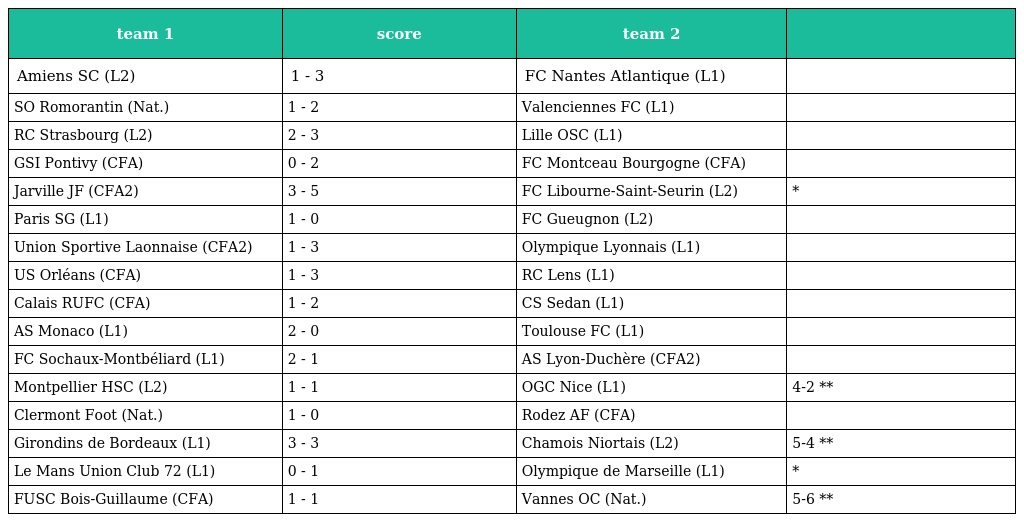
| team 1 | score | team 2 |  |
 | --- | --- | --- | --- |
 | Amiens SC (L2) | 1 - 3 | FC Nantes Atlantique (L1) |  |
 | SO Romorantin (Nat.) | 1 - 2 | Valenciennes FC (L1) |  |
 | RC Strasbourg (L2) | 2 - 3 | Lille OSC (L1) |  |
 | GSI Pontivy (CFA) | 0 - 2 | FC Montceau Bourgogne (CFA) |  |
 | Jarville JF (CFA2) | 3 - 5 | FC Libourne-Saint-Seurin (L2) | * |
 | Paris SG (L1) | 1 - 0 | FC Gueugnon (L2) |  |
 | Union Sportive Laonnaise (CFA2) | 1 - 3 | Olympique Lyonnais (L1) |  |
 | US Orléans (CFA) | 1 - 3 | RC Lens (L1) |  |
 | Calais RUFC (CFA) | 1 - 2 | CS Sedan (L1) |  |
 | AS Monaco (L1) | 2 - 0 | Toulouse FC (L1) |  |
 | FC Sochaux-Montbéliard (L1) | 2 - 1 | AS Lyon-Duchère (CFA2) |  |
 | Montpellier HSC (L2) | 1 - 1 | OGC Nice (L1) | 4-2 ** |
 | Clermont Foot (Nat.) | 1 - 0 | Rodez AF (CFA) |  |
 | Girondins de Bordeaux (L1) | 3 - 3 | Chamois Niortais (L2) | 5-4 ** |
 | Le Mans Union Club 72 (L1) | 0 - 1 | Olympique de Marseille (L1) | * |
 | FUSC Bois-Guillaume (CFA) | 1 - 1 | Vannes OC (Nat.) | 5-6 ** |